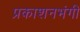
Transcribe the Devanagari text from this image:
प्रकाशनभंगी